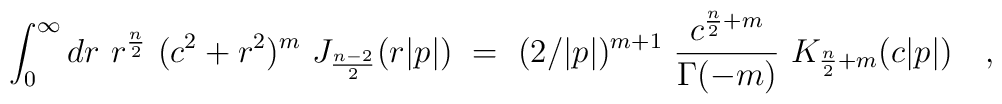
\int _{0}^{\infty} dr~r^{\frac {n}{2}} ~(c^2 + r^2)^{m}~J_{\frac{n-2}{2}}(r|p|) ~=~ (2/|p|)^{m+1}~\frac { c^{\frac{n}{2} +m} }{\Gamma(-m)}~K_{\frac{n}{2} +m}(c|p|) ~~~,